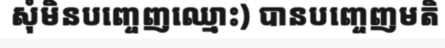
សុំមិនបញ្ចេញឈ្មោះ) បានបញ្ចេញមតិ